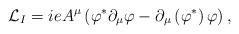
LaTeX: \begin{align*}{\cal L}_{I}=ieA^{\mu }\left( \varphi ^{\ast }\partial _{\mu }\varphi-\partial _{\mu }\left( \varphi ^{\ast }\right) \varphi \right) ,\end{align*}